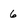
Character: 6